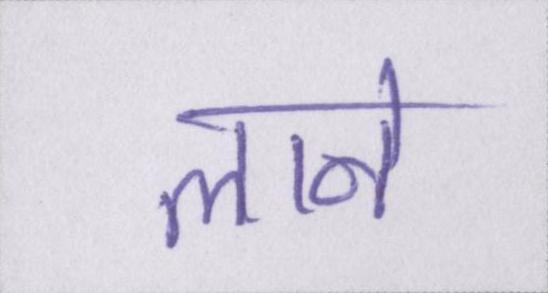
लाने